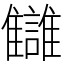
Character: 讎